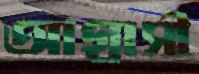
আগ্রাসী